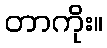
တာကိုး။